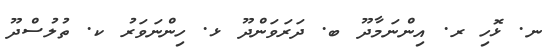
ނ. ޅޮހި ރ. އިންނަމާދޫ ބ. ދަރަވަންދޫ ޅ. ހިންނަވަރު ކ. ތުލުސްދޫ